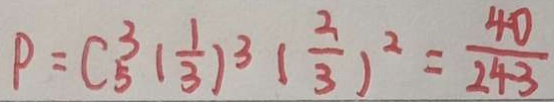
P = C _ { 5 } ^ { 3 } ( \frac { 1 } { 3 } ) ^ { 3 } ( \frac { 2 } { 3 } ) ^ { 2 } = \frac { 4 0 } { 2 4 3 }